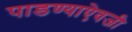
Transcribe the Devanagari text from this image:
पाडण्याऐवजी